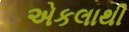
એકલાથી